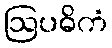
ဩပဓိကံ